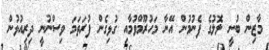
މާޒިން ބުނީ ލޮލުގެ ފެނުމުން އޭނާ މަހުރޫމްވުމާއި ގުޅިގެން ފުރަތަމަ ވިސްނުނީ ދިރިއުޅުން